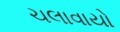
ચલાવાયો